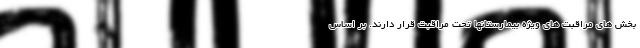
بخش های مراقبت های ویژه بیمارستانها تحت مراقبت قرار دارند. بر اساس